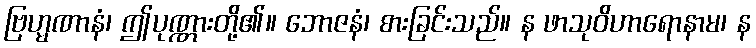
ဗြဟ္မဏာနံ၊ ဤပုဏ္ဏားတို့၏။ ဘောဇနံ၊ စားခြင်းသည်။ န ဖာသုဝိဟာရောနာမ၊ န